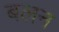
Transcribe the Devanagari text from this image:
बलन